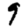
Digit: 9